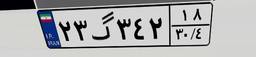
۲۳گ۳۴۲۱۸